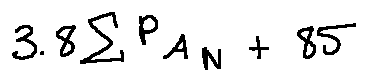
3 . 8 \sum P _ { A _ { N } } + 8 5